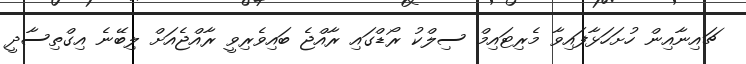
ޗައިނާއިން ހުށަހަޅާފައިވާ މެރިޓައިމް ސިލްކު ރޯޑްގައި ރާއްޖެ ބައިވެރިވީ ރާއްޖެއަށް ލިބޭނެ އިގްތިސާދީ